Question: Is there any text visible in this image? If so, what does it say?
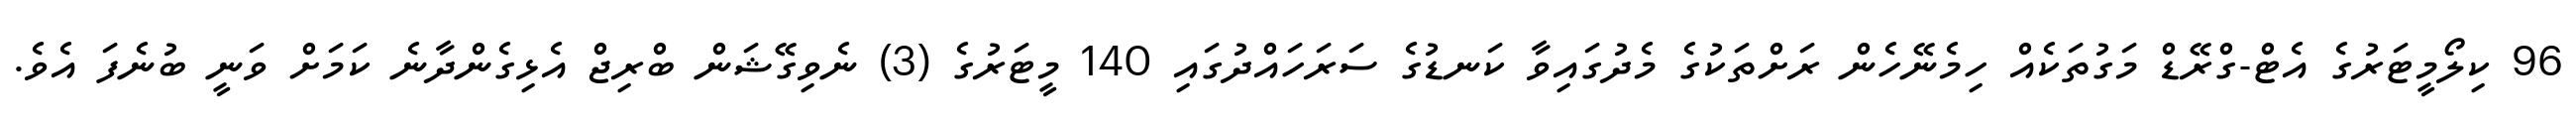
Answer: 96 ކިލޯމީޓަރުގެ އެޓް-ގްރޭޑް މަގުތަކެއް ހިމެނޭހެން ރަށްތަކުގެ މެދުގައިވާ ކަނޑުގެ ސަރަހައްދުގައި 140 މީޓަރުގެ (3) ނެވިގޭޝަން ބްރިޖް އެޅިގެންދާނެ ކަމަށް ވަނީ ބުނެފަ އެވެ.